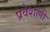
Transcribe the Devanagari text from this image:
प्रवेशली